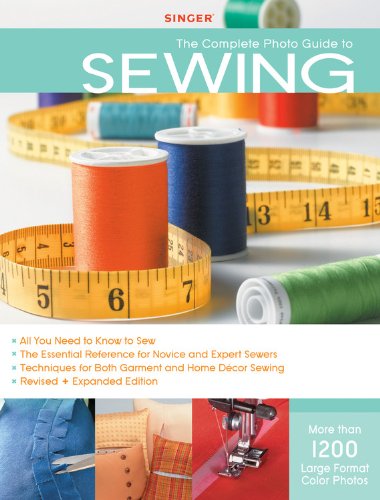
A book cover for Singer Complete Photo Guide to Sewing - Revised + Expanded Edition: 1200 Full-Color How-To Photos; Editors of Creative Publishing; Crafts, Hobbies & Home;